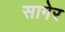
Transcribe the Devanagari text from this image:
सागेर